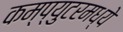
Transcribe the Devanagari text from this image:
कम्प्युटरमध्ये